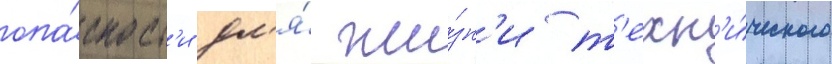
опа́сност'и дл'я́ жи́зн'и т'ехн'и́ческого